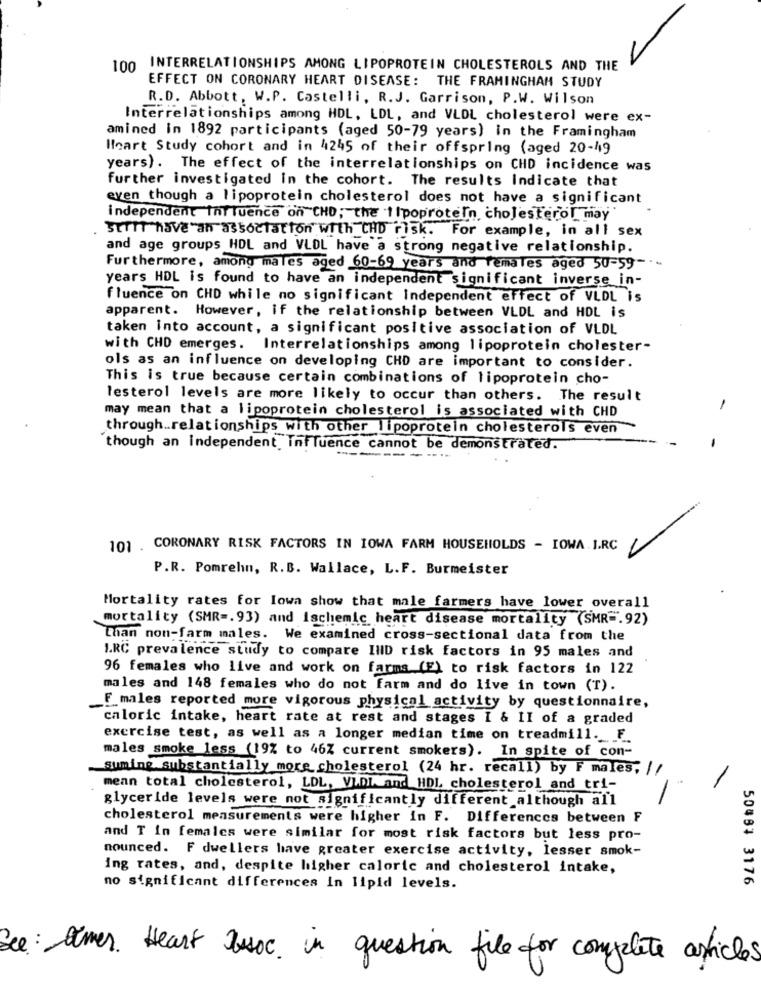
100 INTERRELATIONSHIPS AMONG LIPOPROTEIN CHOLESTEROLS AND THE
EFFECT ON CORONARY HEART DISEASE: THE FRAMINGHAM STUDY
R.D. Abbott, W.P. Castelli, R.J. Garrison, P.W. Wilson
Interrelationships among HDL, LDL, and VLDL cholesterol were ex-
amined in 1892 participants (aged 50-79 years) in the Framingham
Heart Study cohort and in 4245 of their offspring (aged 20-49
years). The effect of the interrelationships on CHD incidence was
further investigated in the cohort. The results Indicate that
even though a lipoprotein cholesterol does not have a significant
independent Influence on CHD; the 1Ipoprotein, cholesterol may
STTIT "have"an association with CHD risk. For example, in all sex
and age groups HDL and VLDL have a strong negative relationship.
Furthermore, among males aged 60-69 years and females aged 50-59 -.-
years HDL is found to have an independent significant inverse in-
fluence on CHD while no significant Independent effect of VLDL is
apparent. However, if the relationship between VLDL and HOL is
taken into account, a significant positive association of VLDL
with CHD emerges. Interrelationships among lipoprotein cholester-
ols as an influence on developing CHD are important to consider.
This is true because certain combinations of lipoprotein cho-
lesterol levels are more likely to occur than others. The result
-
may mean that a lipoprotein cholesterol is associated with CHD
through .. relationships with other lipoprotein cholesterols even
though an independent Influence cannot be demonstrated.
101 . CORONARY RISK FACTORS IN IOWA FARM HOUSEHOLDS - IOWA. I.RC
P.R. Pomrehin, R.B. Wallace, L.F. Burmeister
Mortality rates for Iowa show that male farmers have lower overall
mortality (SMR =. 93) and ischemic heart disease mortality (SMR =. 92)
Than non-farm males. We examined cross-sectional data from the
LRC prevalence study to compare IlID risk factors in 95 males and
96 females who live and work on farms (E) to risk factors in 122
males and 148 females who do not farm and do live in town (T).
F males reported more vigorous physical activity by questionnaire,
caloric intake, heart rate at rest and stages I & II of a graded
exercise test, as well as a longer median time on treadmill. F
males smoke_less (19% to 46Z current smokers). In spite of con-
suming substantially more cholesterol (24 hr. recall) by F males, //
mean total cholesterol, LDL, VL.DI. and HDL cholesterol and tri-
glyceride levels were not significantly different although all
cholesterol measurements were higher in F. Differences between F
and T In females were similar for most risk factors but less pro-
nounced. F dwellers have greater exercise activity, lesser smok-
ing rates, and, despite higher caloric and cholesterol intake,
50483 3176
no significant differences in lipid levels.
See : times . Heart Aussoc. in question file for complete articles